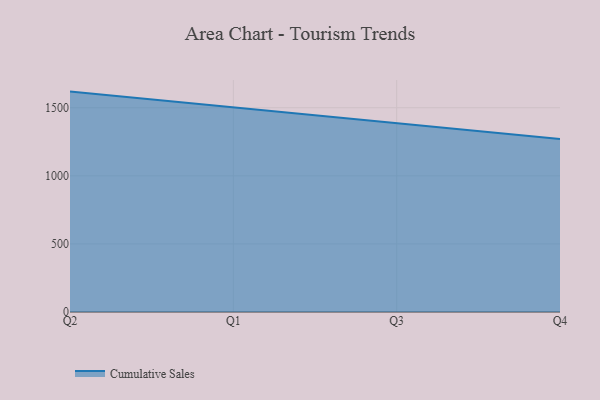
{"axis": {"x": "Quarter", "y": "Latency (ms)"}, "legend": ["Cumulative Sales"], "data": [{"x": "Q2", "y": 1618.3, "type": "Cumulative Sales"}, {"x": "Q1", "y": 1500.6, "type": "Cumulative Sales"}, {"x": "Q3", "y": 1385.5, "type": "Cumulative Sales"}, {"x": "Q4", "y": 1269.8, "type": "Cumulative Sales"}]}